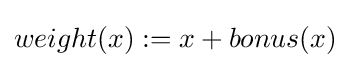
weight(x):=x+bonus(x)